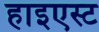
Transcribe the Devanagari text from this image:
हाइएस्ट